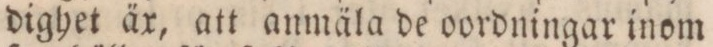
dighet är, att anmäla de oordningar inom